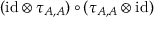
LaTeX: ( { \operatorname { i d } } \otimes \tau _ { A , A } ) \circ ( \tau _ { A , A } \otimes { \operatorname { i d } } )